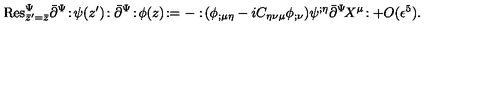
\mathrm { R e s } _ { \bar { z } ^ { \prime } = \bar { z } } ^ { \Psi } \bar { \partial } ^ { \Psi } \! : \! \psi ( z ^ { \prime } ) \! : \bar { \partial } ^ { \Psi } \! : \! \phi ( z ) \! : = - : \! ( \phi _ { ; \mu \eta } - i C _ { \eta \nu \mu } \phi _ { ; \nu } ) \psi ^ { ; \eta } \bar { \partial } ^ { \Psi } \! X ^ { \mu } \! : + O ( \epsilon ^ { 5 } ) .